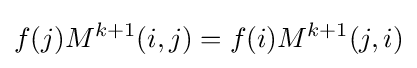
f(j)M^{k+1}(i,j)=f(i)M^{k+1}(j,i)